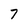
Character: 7